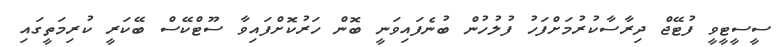
ސީސީޓީވީ ފުޓޭޖް ދިރާސާކުރުމަށްފަހު ފުލުހުން ބުނެފައިވަނީ ބޮން ހަރުކޮށްފައިވާ ސޫޓްކޭސް ބޭކަރީ ކުރިމަތީގައި